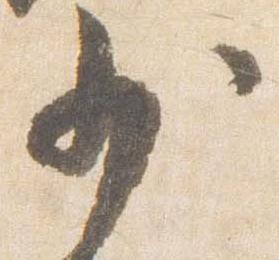
少